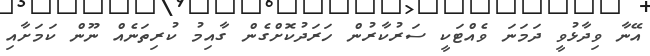
އޭނާ ވިދާޅުވީ ދަމަނަ ވެއްޓަކީ ސަރުކާރުން ހަރަދުކޮށްގެން ގާއިމު ކުރިތަނެއް ނޫން ކަމަށާއި